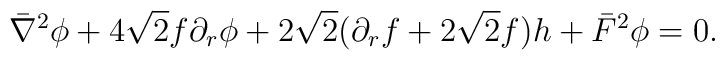
\bar \nabla^2 \phi + 4 \sqrt 2 f \partial_r \phi + 2 \sqrt 2 (\partial_r f+ 2 \sqrt2 f) h+ \bar F^2 \phi = 0.